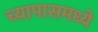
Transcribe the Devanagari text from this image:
च्यापासमध्ये